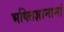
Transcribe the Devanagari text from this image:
भक्तिज्ञानानां